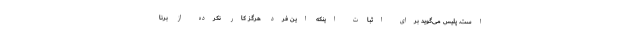
است. پلیس می‌گوید برای اثبات اینکه این فرد هرگز کار نکرده از برنا